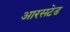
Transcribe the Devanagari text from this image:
आरसटेड